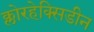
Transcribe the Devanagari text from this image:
क्लोरहेक्सिडीन